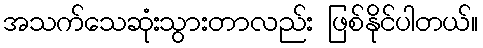
အသက်သေဆုံးသွားတာလည်း ဖြစ်နိုင်ပါတယ်။